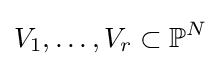
V_{1},\dots ,V_{r}\subset \mathbb {P} ^{N}